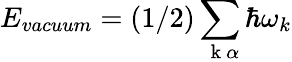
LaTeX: E_{vacuum}=(1/2)\sum_{\mathrm{~\mathbf~k~}\alpha}\hbar\omega_{k}